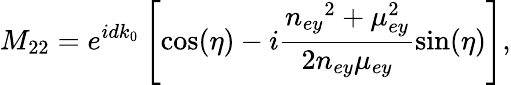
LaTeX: M_{22}=e^{idk_{0}}\left[\cos(\eta)-i\frac{n_{ey}{}^{2}+\mu_{ey}^{2}}{2n_{ey}\mu_{ey}}\sin(\eta)\right],